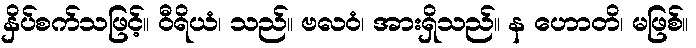
နှိပ်စက်သဖြင့်။ ဝီရိယံ၊ သည်။ ဗလဝံ၊ အားရှိသည်။ န ဟောတိ၊ မဖြစ်။